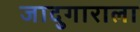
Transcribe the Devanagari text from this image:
जादुगाराला